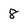
Character: 8